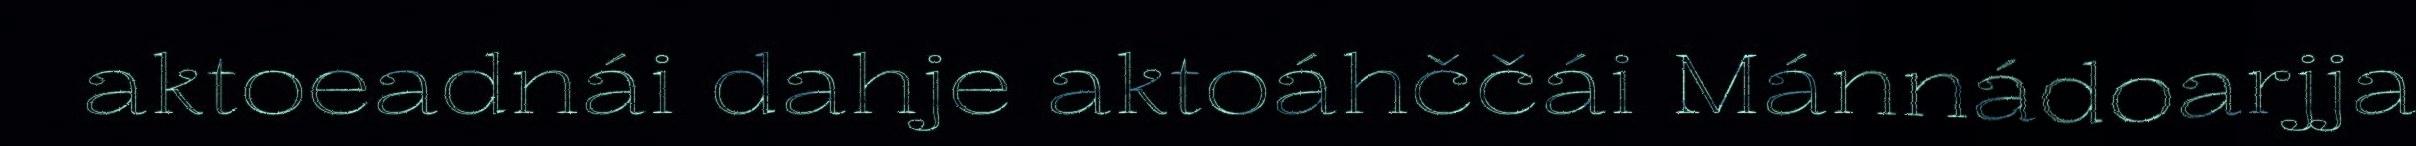
aktoeadnái dahje aktoáhččái Mánnádoarjja